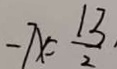
- 7 x = \frac { 1 3 } { 2 }